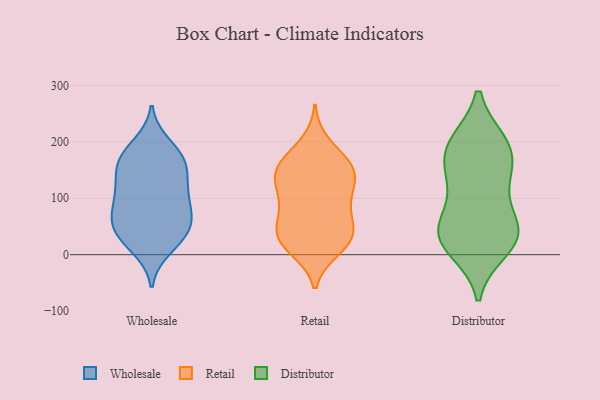
{"axis": {"x": "Inventory Turnover", "y": "Value"}, "legend": ["Distributor", "Retail", "Wholesale"], "data": [{"x": "", "y": 77, "type": "Wholesale"}, {"x": "", "y": 113, "type": "Wholesale"}, {"x": "", "y": 38, "type": "Wholesale"}, {"x": "", "y": 58, "type": "Wholesale"}, {"x": "", "y": 167, "type": "Wholesale"}, {"x": "", "y": 21, "type": "Wholesale"}, {"x": "", "y": 151, "type": "Wholesale"}, {"x": "", "y": 59, "type": "Wholesale"}, {"x": "", "y": 107, "type": "Wholesale"}, {"x": "", "y": 174, "type": "Wholesale"}, {"x": "", "y": 62, "type": "Wholesale"}, {"x": "", "y": 183, "type": "Wholesale"}, {"x": "", "y": 59, "type": "Wholesale"}, {"x": "", "y": 155, "type": "Wholesale"}, {"x": "", "y": 110, "type": "Wholesale"}, {"x": "", "y": 196, "type": "Wholesale"}, {"x": "", "y": 148, "type": "Wholesale"}, {"x": "", "y": 30, "type": "Wholesale"}, {"x": "", "y": 11, "type": "Wholesale"}, {"x": "", "y": 104, "type": "Wholesale"}, {"x": "", "y": 58, "type": "Retail"}, {"x": "", "y": 147, "type": "Retail"}, {"x": "", "y": 105, "type": "Retail"}, {"x": "", "y": 39, "type": "Retail"}, {"x": "", "y": 100, "type": "Retail"}, {"x": "", "y": 36, "type": "Retail"}, {"x": "", "y": 55, "type": "Retail"}, {"x": "", "y": 128, "type": "Retail"}, {"x": "", "y": 154, "type": "Retail"}, {"x": "", "y": 170, "type": "Retail"}, {"x": "", "y": 159, "type": "Retail"}, {"x": "", "y": 20, "type": "Retail"}, {"x": "", "y": 10, "type": "Retail"}, {"x": "", "y": 75, "type": "Retail"}, {"x": "", "y": 26, "type": "Retail"}, {"x": "", "y": 145, "type": "Retail"}, {"x": "", "y": 105, "type": "Retail"}, {"x": "", "y": 17, "type": "Retail"}, {"x": "", "y": 197, "type": "Retail"}, {"x": "", "y": 147, "type": "Retail"}, {"x": "", "y": 28, "type": "Distributor"}, {"x": "", "y": 55, "type": "Distributor"}, {"x": "", "y": 198, "type": "Distributor"}, {"x": "", "y": 184, "type": "Distributor"}, {"x": "", "y": 30, "type": "Distributor"}, {"x": "", "y": 132, "type": "Distributor"}, {"x": "", "y": 26, "type": "Distributor"}, {"x": "", "y": 146, "type": "Distributor"}, {"x": "", "y": 44, "type": "Distributor"}, {"x": "", "y": 58, "type": "Distributor"}, {"x": "", "y": 10, "type": "Distributor"}, {"x": "", "y": 128, "type": "Distributor"}, {"x": "", "y": 198, "type": "Distributor"}, {"x": "", "y": 191, "type": "Distributor"}]}